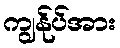
ကျွန်ုပ်အား